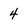
Character: 4